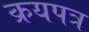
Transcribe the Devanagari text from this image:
क्रयपत्र